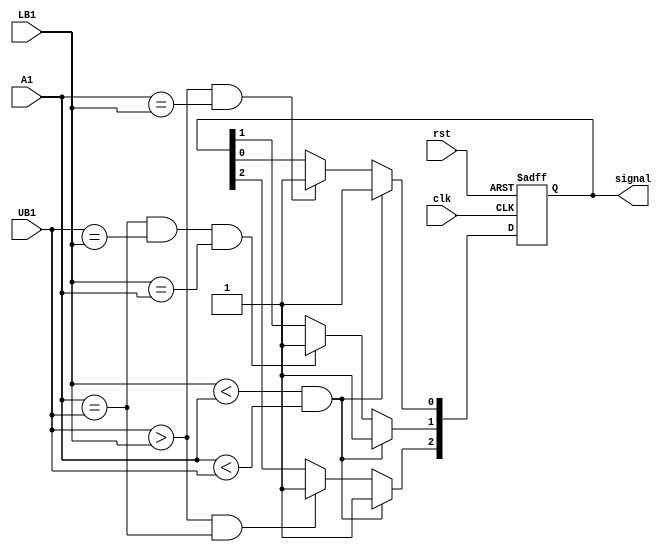
module first_stage(
	input clk, rst,
	input [3:0] A1,
	input [3:0] LB1, UB1,
	output reg [2:0] signal
);

	always @(posedge clk or negedge rst) begin
		if(!rst)
			signal <= 3'b0;
		else
		if(LB1 < A1 && A1 < UB1)
			signal <= 3'b111;
		else begin
			if(UB1 > LB1 && A1 == UB1)
				signal[2] <= 1'b1;
			if(A1 == UB1 && UB1 == LB1 && LB1 == A1)
				signal[1] <= 1'b1;
			if(UB1 > LB1 && A1 == LB1)
				signal[0] <= 1'b1;
		end
	end
	
endmodule